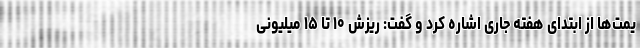
یمت‌ها از ابتدای هفته جاری اشاره کرد و گفت: ریزش ۱۰ تا ۱۵ میلیونی